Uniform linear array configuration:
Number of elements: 32
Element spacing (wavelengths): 0.25
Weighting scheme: kaiser
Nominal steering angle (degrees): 0
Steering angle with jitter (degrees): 1.684
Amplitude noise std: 0.05
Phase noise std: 0.05

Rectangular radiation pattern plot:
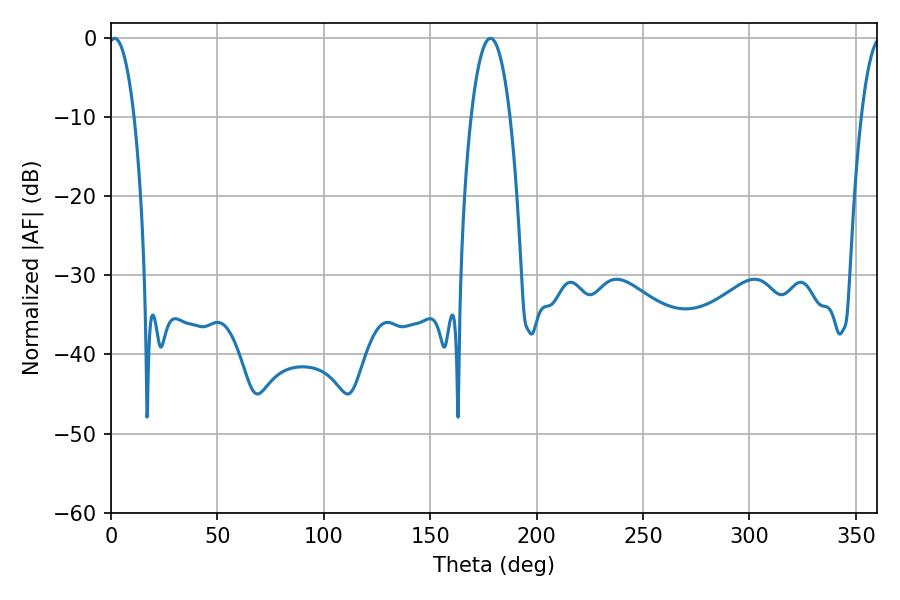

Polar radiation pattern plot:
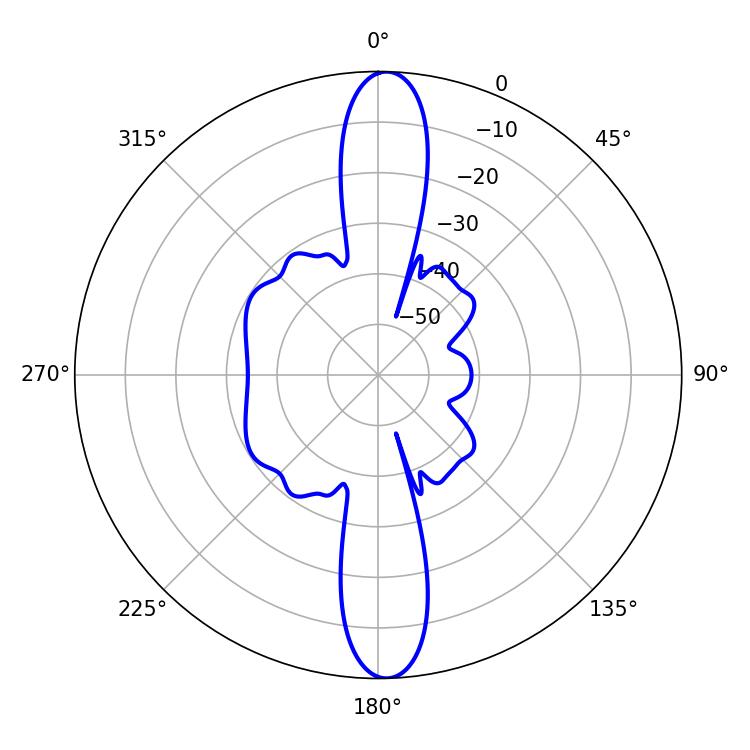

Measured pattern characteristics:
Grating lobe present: FALSE
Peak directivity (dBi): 22.935
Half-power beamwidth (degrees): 6.84
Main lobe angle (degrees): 1.62